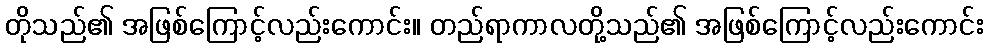
တိုသည်၏ အဖြစ်ကြောင့်လည်းကောင်း။ တည်ရာကာလတို့သည်၏ အဖြစ်ကြောင့်လည်းကောင်း